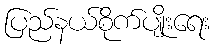
ပြည်နယ်စိုက်ပျိုးရေး